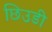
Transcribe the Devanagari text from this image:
छिउडी